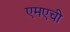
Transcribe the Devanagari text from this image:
एमएची